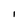
Character: i